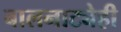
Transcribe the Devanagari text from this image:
बालनाट्येही